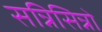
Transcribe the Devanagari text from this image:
सन्निसिन्नो